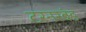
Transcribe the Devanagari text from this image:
टरनरबंड